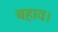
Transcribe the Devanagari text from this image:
बहाव।